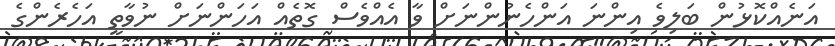
އަނެއްކޮޅުން ބަލިވެ އިންނަ އަންހެނުންނަށް ވާ އެއްވެސް ގޮތެއް އަހަންނަށް ނުވާތީ އަހެރެންގެ